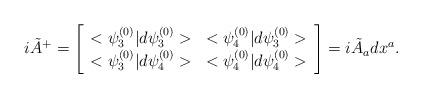
LaTeX: \begin{align*}i{\tilde A}^{+}=\left [ \begin{array} {ll}<\psi^{(0)}_3|d\psi^{(0)}_3>& <\psi^{(0)}_4|d\psi^{(0)}_3> \\<\psi^{(0)}_3|d\psi^{(0)}_4>&<\psi^{(0)}_4|d\psi^{(0)}_4>\end{array} \right ]=i{\tilde A}_a dx^a .\end{align*}